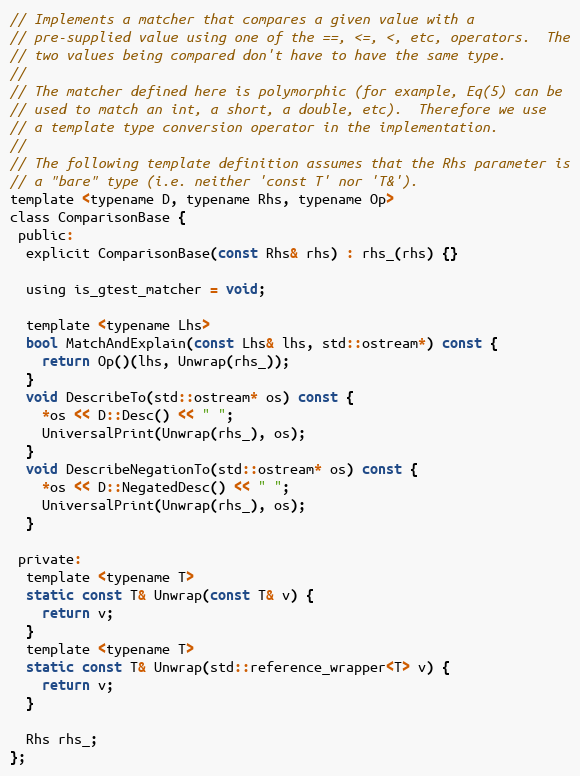
Language: C
// Implements a matcher that compares a given value with a
// pre-supplied value using one of the ==, <=, <, etc, operators.  The
// two values being compared don't have to have the same type.
//
// The matcher defined here is polymorphic (for example, Eq(5) can be
// used to match an int, a short, a double, etc).  Therefore we use
// a template type conversion operator in the implementation.
//
// The following template definition assumes that the Rhs parameter is
// a "bare" type (i.e. neither 'const T' nor 'T&').
template <typename D, typename Rhs, typename Op>
class ComparisonBase {
 public:
  explicit ComparisonBase(const Rhs& rhs) : rhs_(rhs) {}

  using is_gtest_matcher = void;

  template <typename Lhs>
  bool MatchAndExplain(const Lhs& lhs, std::ostream*) const {
    return Op()(lhs, Unwrap(rhs_));
  }
  void DescribeTo(std::ostream* os) const {
    *os << D::Desc() << " ";
    UniversalPrint(Unwrap(rhs_), os);
  }
  void DescribeNegationTo(std::ostream* os) const {
    *os << D::NegatedDesc() << " ";
    UniversalPrint(Unwrap(rhs_), os);
  }

 private:
  template <typename T>
  static const T& Unwrap(const T& v) {
    return v;
  }
  template <typename T>
  static const T& Unwrap(std::reference_wrapper<T> v) {
    return v;
  }

  Rhs rhs_;
};